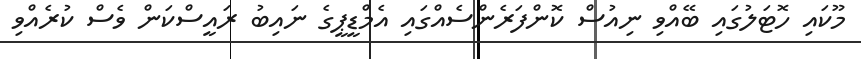
މޫކައި ހޮޓަލުގައި ބޭއްވި ނިއުސް ކޮންފަރެންސެއްގައި އެމްޑީޕީގެ ނައިބު ރައީސްކަން ވެސް ކުރެއްވި